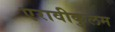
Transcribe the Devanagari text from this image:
एरावीकुलम